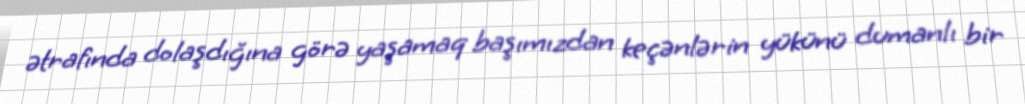
ətrafında dolaşdığına görə yaşamaq başımızdan keçənlərin yükünü dumanlı bir